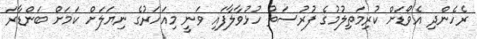
ރެހެންދި އެވޯޑަށް ކުރިމަތިލުމުގެ ފުރުސަތު ހުޅުވާލާފައި ވަނީ މިއަހަރުގެ ނިޔަލަށް ކަމަށް ބަންޑާރަ